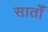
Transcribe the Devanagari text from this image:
सातोँ